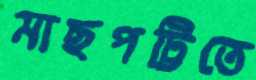
মাছপট্টিতে